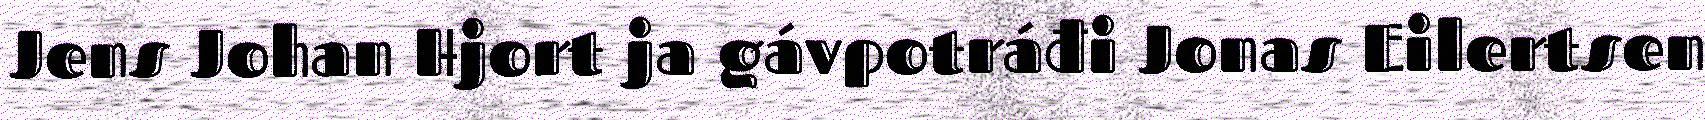
Jens Johan Hjort ja gávpotráđi Jonas Eilertsen